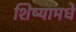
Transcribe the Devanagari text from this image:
शिष्यामधे